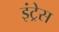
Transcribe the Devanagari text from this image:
इंट्रेस